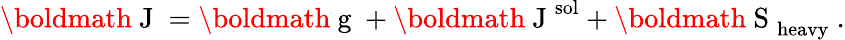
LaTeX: \mathrm{\boldmath~J~}=\mathrm{\boldmath~g~}+\mathrm{\boldmath~J~}^{\mathrm{sol}}+\mathrm{\boldmath~S~}_{\mathrm{heavy}}\ .